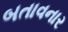
બતાવનાર